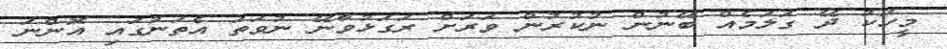
މީހަކު ދޭ ގަލަމެއް ބޭނުން ނުކުރުން ވަރަށް ރަގަޅުވާނޭ ނުވަތަ އެތަނުގައި އޮންނަ